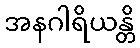
အနဂါရိယန္တိ